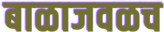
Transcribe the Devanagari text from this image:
बाळाजवळच